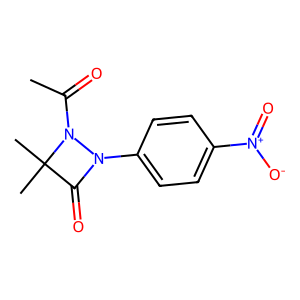
SMILES: CC(=O)N1N(c2ccc([N+](=O)[O-])cc2)C(=O)C1(C)C
Inhibits HIV replication: No